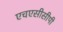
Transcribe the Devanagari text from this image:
एचएसीसीपी